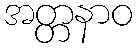
အတ္တနာဝ